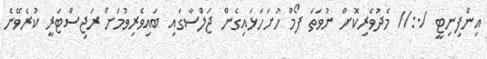
އިންފިނިޓީ /.:// މެދުވެރިކޮށް ނުވަތަ ފޯމް ހުށަހަޅައިގެން ޖަލްސާގައި ބައިވެރިވުމަށް ރަޖިސްޓަރީ ކުރެވޭނެ